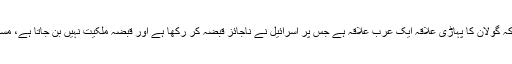
سعودی حکومت نے امریکا پر واضح کیا ہے کہ گولان کا پہاڑی علاقہ ایک عرب علاقہ ہے جس پر اسرائیل نے ناجائز قبضہ کر رکھا ہے اور قبضہ ملکیت نہیں بن جاتا ہے، مستقبل میں بھی یہ علاقہ عرب کا حصہ رہے گا۔